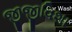
જીજીવિશા